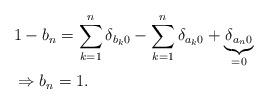
LaTeX: \begin{align*}&1-b_n=\sum\limits_{k=1}^{n}\delta_{b_k 0} - \sum\limits_{k=1}^{n}\delta_{a_k 0}+\underbrace{\delta_{a_n 0}}_{=0}\\&\Rightarrow b_n=1.\end{align*}